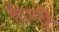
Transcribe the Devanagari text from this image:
तीमुळें